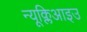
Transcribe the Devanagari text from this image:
न्यूक्लिआइउ